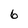
Character: 6